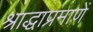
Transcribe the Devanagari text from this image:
श्राद्धाप्रमाणें